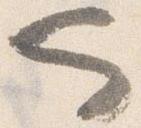
也